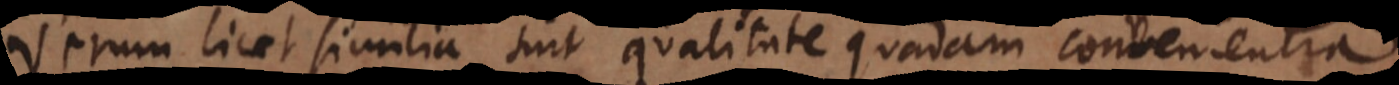
Verum licet similia sint qualitate quadam convenientia